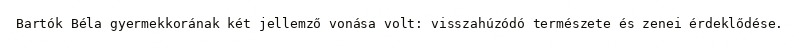
Bartók Béla gyermekkorának két jellemző vonása volt: visszahúzódó természete és zenei érdeklődése.